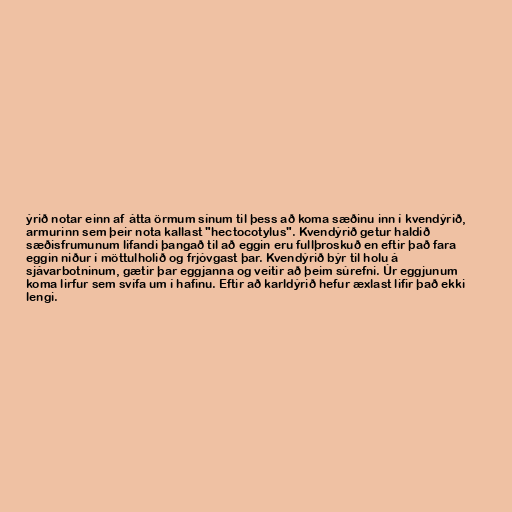
ýrið notar einn af átta örmum sínum til þess að koma sæðinu inn í kvendýrið,
armurinn sem þeir nota kallast "hectocotylus". Kvendýrið getur haldið
sæðisfrumunum lifandi þangað til að eggin eru fullþroskuð en eftir það fara
eggin niður í möttulholið og frjóvgast þar. Kvendýrið býr til holu á
sjávarbotninum, gætir þar eggjanna og veitir að þeim súrefni. Úr eggjunum
koma lirfur sem svífa um í hafinu. Eftir að karldýrið hefur æxlast lifir það ekki
lengi.